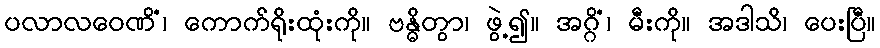
ပလာလဝေဏိံ၊ ကောက်ရိုးထုံးကို။ ဗန္ဓိတွာ၊ ဖွဲ့၍။ အဂ္ဂိံ၊ မီးကို။ အဒါသိ၊ ပေးပြီ။